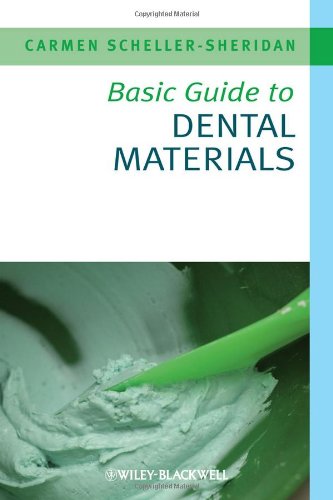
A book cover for Basic Guide to Dental Materials; Carmen Scheller-Sheridan; Medical Books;